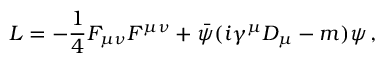
{ \cal L } = - { \frac { 1 } { 4 } } F _ { \mu \nu } F ^ { \mu \nu } + { \bar { \psi } } ( i \gamma ^ { \mu } D _ { \mu } - m ) \psi \, ,